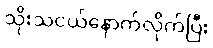
သိုးသငယ်နောက်လိုက်ပြီး